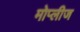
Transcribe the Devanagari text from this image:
मोप्लीज